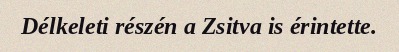
Délkeleti részén a Zsitva is érintette.